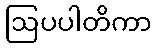
ဩပပါတိကာ